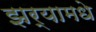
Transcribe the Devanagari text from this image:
झर्‍यामधे